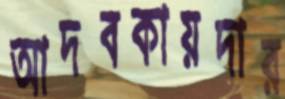
আদবকায়দার